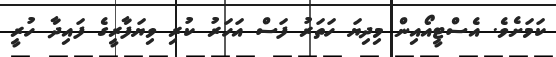
ކަމަށެވެ. އެސްޓީއޯއިން މިދިޔަ ހަތަރު ފަސް އަހަރު ކުރި ވިޔަފާރީގެ ފައިދާ ހުރީ